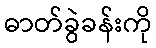
ဓာတ်ခွဲခန်းကို